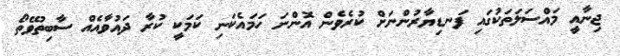
ޖިނާއީ މައްސަލަތަކުގައި ފަނޑިޔާރުންނަށް ކުރެވެން އޮންނަ ހަމައެކަނި ކަމަކީ ކުރާ ދައުވާއެއް ސާބިތުވޭތޯ